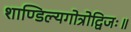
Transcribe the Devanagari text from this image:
शाण्डिल्यगोत्रोद्विजः॥